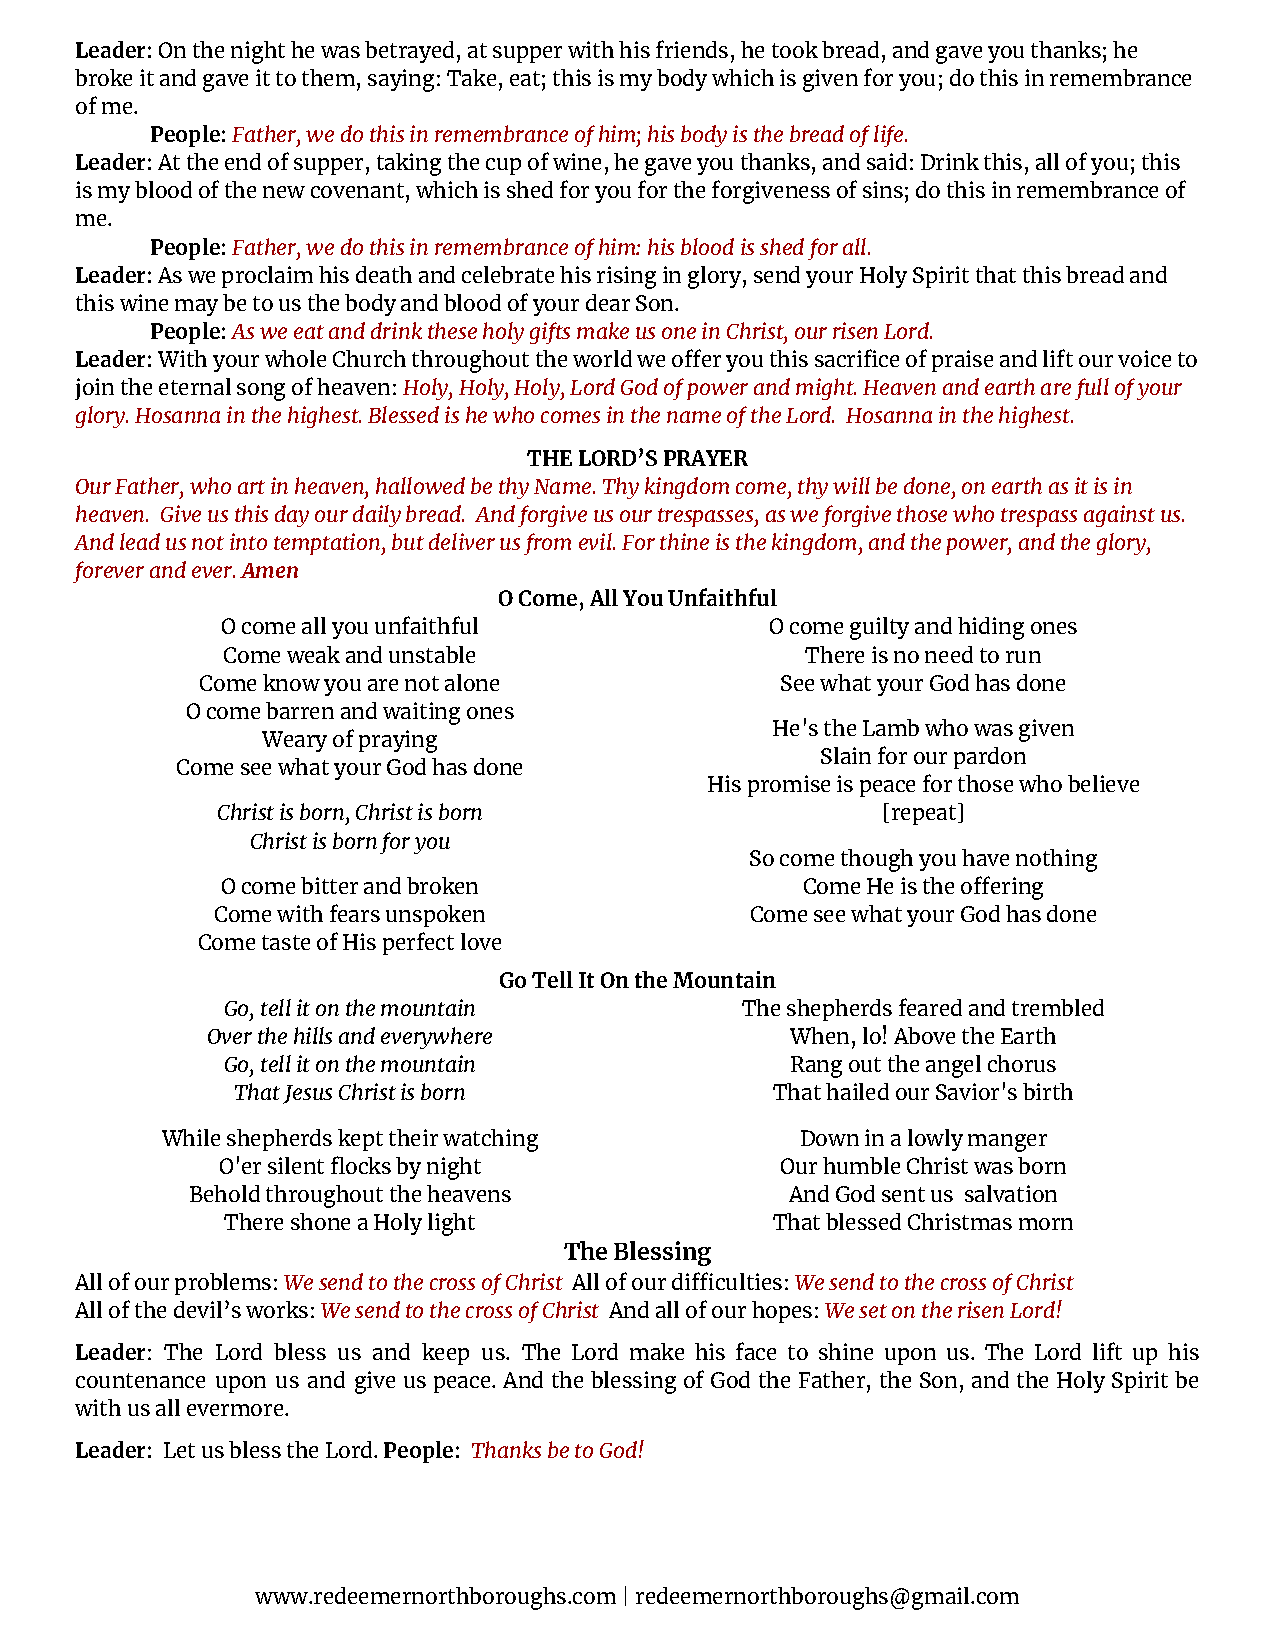
Leader:On the night he was betrayed, at supper with his friends, he took bread, and gave you thanks; he
 broke it and gave it to them, saying: Take, eat; this is my body which is given for you; do this in remembrance
 of me.
 People:Father, we do this in remembrance of him;his body is the bread of life.
 Leader:At the end of supper, taking the cup of wine,he gave you thanks, and said: Drink this, all of you; this
 is my blood of the new covenant, which is shed for you for the forgiveness of sins; do this in remembrance of
 me.
 People:Father, we do this in remembrance of him:his blood is shed for all.
 Leader:As we proclaim his death and celebrate hisrising in glory, send your Holy Spirit that this bread and
 this wine may be to us the body and blood of your dear Son.
 People:As we eat and drink these holy gifts makeus one in Christ, our risen Lord.
 Leader:With your whole Church throughout the worldwe oer you this sacrifice of praise and lift our voice to
 join the eternal song of heaven:Holy, Holy, Holy,Lord God of power and might. Heaven and earth are full of your
 glory. Hosanna in the highest. Blessed is he who comes in the name of the Lord. Hosanna in the highest.
 THE LORD’S PRAYER
 Our Father, who art in heaven, hallowed be thy Name. Thy kingdom come, thy will be done, on earth as it is in
 heaven. Give us this day our daily bread. And forgive us our trespasses, as we forgive those who trespass against us.
 And lead us not into temptation, but deliver us from evil. For thine is the kingdom, and the power, and the glory,
 forever and ever.Amen
 O Come, All You Unfaithful
 O come all you unfaithful           O come guilty and hiding ones
 Come weak and unstable                There is no need to run
 Come know you are not alone            See what your God has done
 O come barren and waiting ones
 He's the Lamb who was given
 Weary of praying
 Slain for our pardon
 Come see what your God has done
 His promise is peace for those who believe
 Christ is born, Christ is born              [repeat]
 Christ is born for you
 So come though you have nothing
 O come bitter and broken              Come He is the oering
 Come with fears unspoken            Come see what your God has done
 Come taste of His perfect love
 Go Tell It On the Mountain
 Go, tell it on the mountain       The shepherds feared and trembled
 Over the hills and everywhere         When, lo! Above the Earth
 Go, tell it on the mountain          Rang out the angel chorus
 That Jesus Christ is born          That hailed our Savior's birth
 While shepherds kept their watching       Down in a lowly manger
 O'er silent flocks by night           Our humble Christ was born
 Behold throughout the heavens           And God sent us salvation
 There shone a Holy light            That blessed Christmas morn
 The Blessing
 All of our problems:We send to the cross of Christ All of our diculties:We send to the cross ofChrist
 All of the devil’s works:We send to the cross ofChrist And all of our hopes:We set on the risenLord!
 Leader: The Lord bless us and keep us. The Lord make his face to shine upon us. The Lord lift up his
 countenance upon us and give us peace. And the blessing of God the Father, the Son, and the Holy Spirit be
 with us all evermore.
 Leader: Let us bless the Lord.People: Thanks beto God!
 www.redeemernorthboroughs.com | redeemernorthboroughs@gmail.com